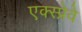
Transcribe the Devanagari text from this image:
एक्स्प्रेवे